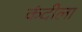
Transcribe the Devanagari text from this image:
कंदीला